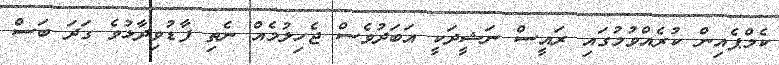
ކެމްޕެއިން ކުރެއްވުމުގައި ރައީސް ނަޝީދަކީ އަބަދުވެސް ޖެހިލުމެއް ނެތި ފާޑުވިދާޅުވެ ގަދަ ބަސް